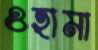
ওহামা